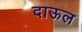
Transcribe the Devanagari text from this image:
दाऊल